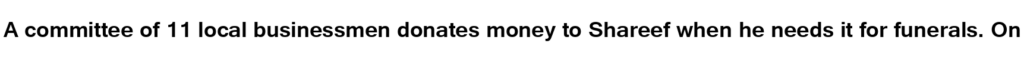
A committee of 11 local businessmen donates money to Shareef when he needs it for funerals. On